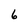
Character: 6